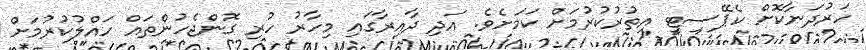
ހަރުދަނާކޮށް ކެޕޭސިޓީ އިތުރުކުރުމަށް ކަމަށެވެ. އަދި ދާއިރާގައި މިހާރު ހުރި ގޮންޖެހުންތައް ހައްލުކުރުމަށް